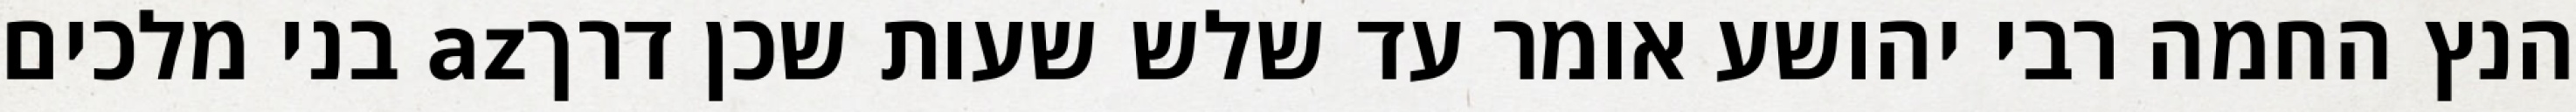
הנץ החמה רבי יהושע אומר עד שלש שעות שכן דרךaz בני מלכים